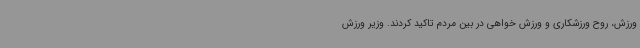
ورزش، روح ورزشکاری و ورزش خواهی در بین مردم تاکید کردند. وزیر ورزش